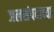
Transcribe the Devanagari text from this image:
जलसंपदाच्या